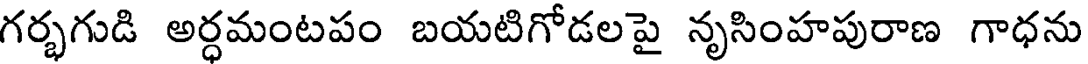
గర్భగుడి అర్ధమంటపం బయటిగోడలపై నృసింహపురాణ గాధను